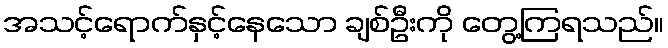
အသင့်ရောက်နှင့်နေသော ချစ်ဦးကို တွေ့ကြရသည်။